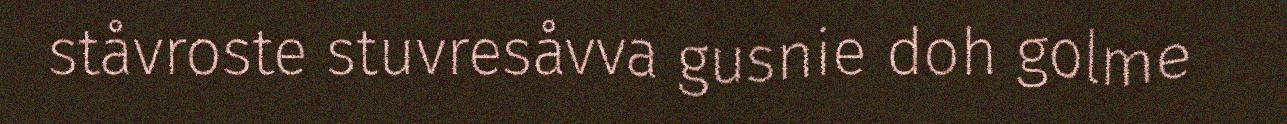
ståvroste stuvresåvva gusnie doh golme